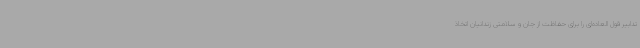
تدابیر قول العاده‌ای را برای حفاظت از جان و سلامتی زندانیان اتخاذ